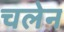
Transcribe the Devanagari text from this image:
चलेन